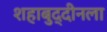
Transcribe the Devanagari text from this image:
शहाबुद्दीनला